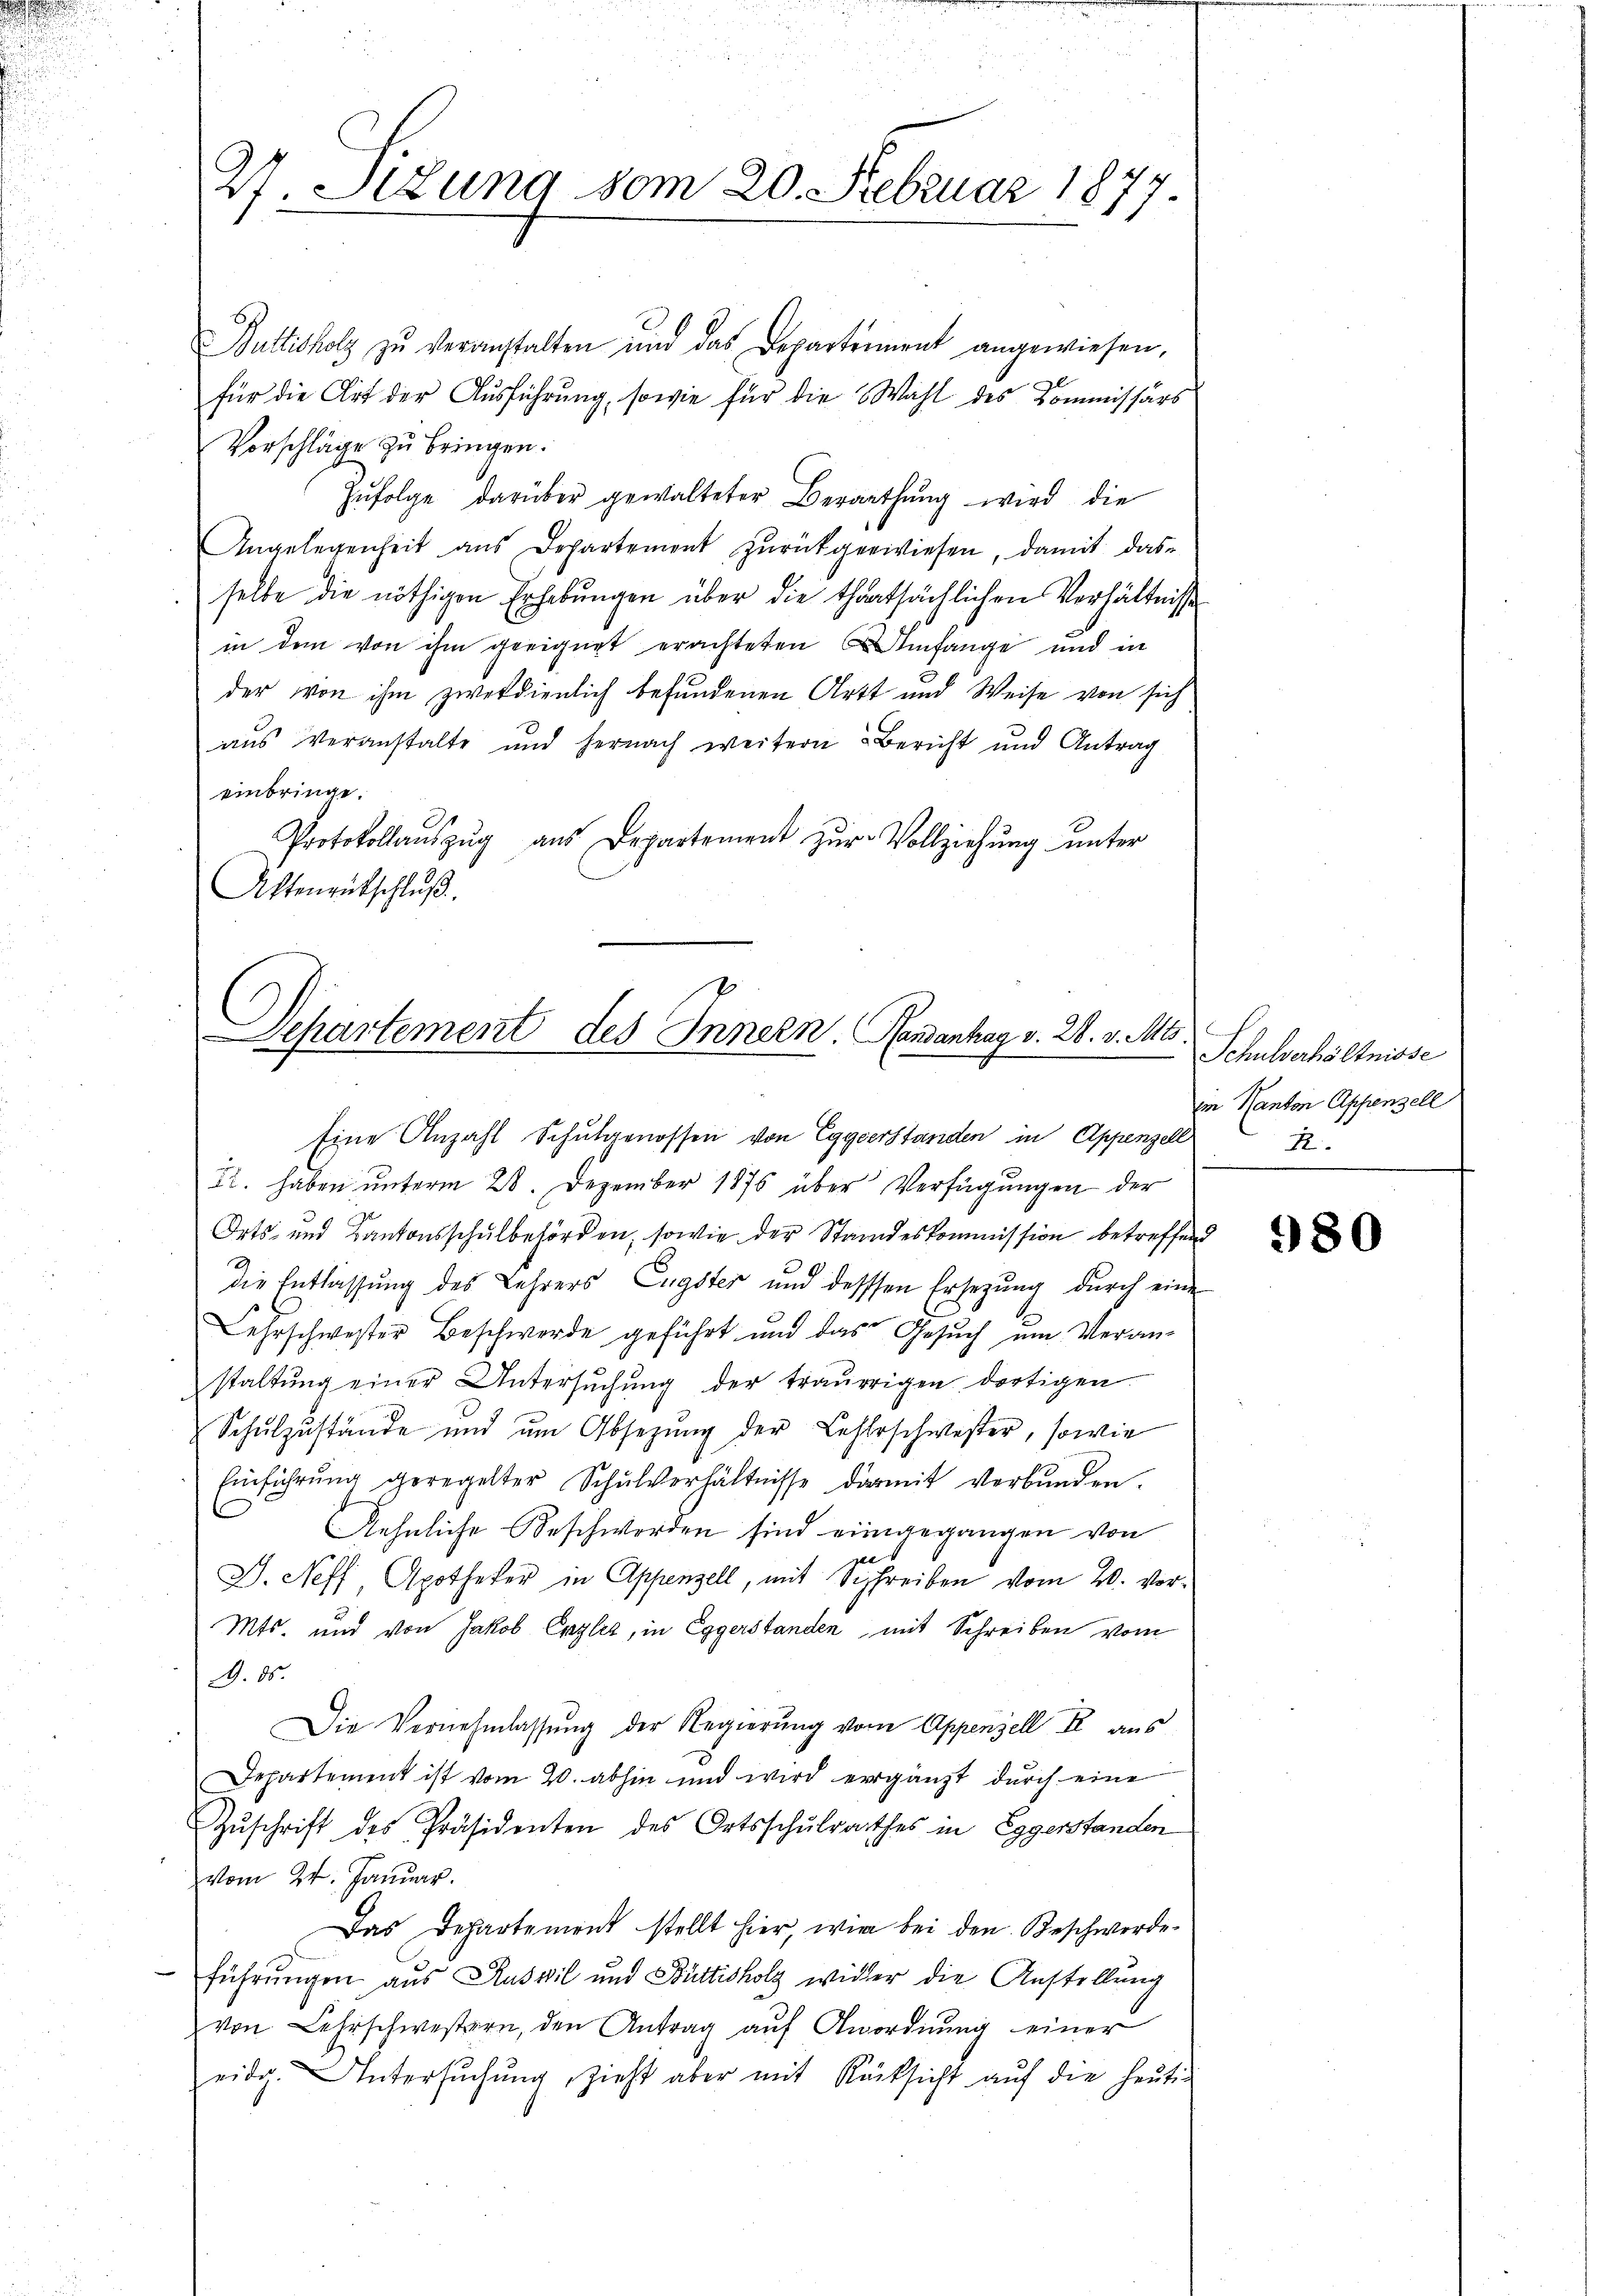
27 Sizung vom 20. Februar 1877.

Butticholz zŭ veranstalten und das Departement angewiesen,
für die Art der Ausführung, sowie für die Wahl des Kommissärs
Vorschläge zu bringen.
Zŭfolge darüber gewalteter Berathŭng wird die
Angelegenheit aus Departement zurückgewiesen, damit das
selbe die nöthigen Erhebungen über die thatsächlichen Verhältniss
in dem von ihm geeignet erachteten Umfange und in
der von ihm zweckdienlich befundenen Artt und Weise von sich
aus Veranstalte und hernach weitern Bericht und Antrag
einbringe.
Protokollaŭszŭg aŭs Departement zŭr Vollziehŭng ŭnter
Aktenrutschluß

Departement des Innern. Pandanhag v. 28. v. Mts.

Eine Anzahl Schulgenossen von Eggerstanden in Appenzell
5t. haben ŭnterm 28. Dezember 1875 über Verfügŭngen der
Orts- und Kantonsschulbehörden, sowie der Standeskommission betreffend
die Entlassung des Lehrers Eugster und dessen Ersezung durch eine
ehrschwester Beschwerde geführt und das Gesuch um Veranstaltŭng einer Untersŭchŭng der traŭrrigen dortigen
Schulzustände und um Absetzung der Lehrschwester, sowie
Einführŭng geregelter Schulverhältnisse darmit verbŭnden.
C
Aehnliche Beschwerden sind eingegangen von
G. Neff, Apotheker in Appenzell, mit Schreiben vom 20. vor¬
Mts. und von Jakob Enzler, in Eggerstanden mit Schreiben vom
9. ds.
Die Vernehmlassŭng der Regierung vom Appenzell Kr aus
Departement ist vom 20. abhin und wird ergänzt durch eine
Zuschrift des Präsidenten des Ortsschulrathes in Eggerstanden
vom 24. Januar.
Das Departement stellt hier, wie bei den Beschwerde
führungen aus Ruswil und Büttisholz wider die Anstellung
von Lehrschwestern, den Antrag auf Anordnung einer
eidg. Untersŭchŭng zieht aber mit Rücksicht aŭf die heuti¬

Schulverhältnisse
im Kanton Appenzell
2.

980